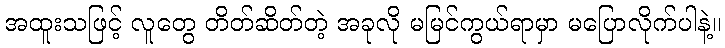
အထူးသဖြင့် လူတွေ တိတ်ဆိတ်တဲ့ အခုလို မမြင်ကွယ်ရာမှာ မပြောလိုက်ပါနဲ့။